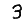
Digit: 3